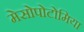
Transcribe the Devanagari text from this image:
मेसोपोटोमिया